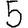
Digit: 5